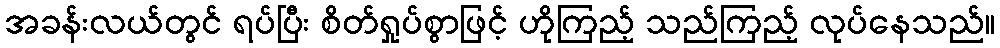
အခန်းလယ်တွင် ရပ်ပြီး စိတ်ရှုပ်စွာဖြင့် ဟိုကြည့် သည်ကြည့် လုပ်နေသည်။